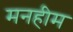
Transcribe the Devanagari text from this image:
मनहीम